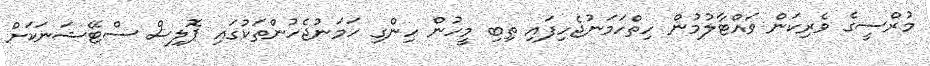
މުރްސީގެ ވެރިކަން ވައްޓާލުމުން ހިތްހަމަނުޖެހިފައި ތިބި މީހުން ހިންގި ހަމަނުޖެހުންތަކުގައި ޕޮލިސް ސްޓޭޝަނަކަށް